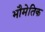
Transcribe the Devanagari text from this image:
भौमेतिक